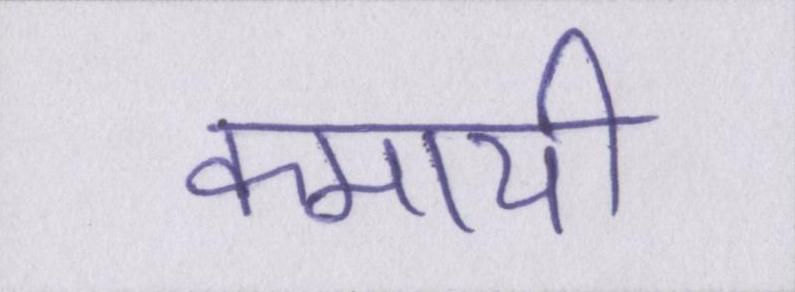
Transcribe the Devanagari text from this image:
कमायी